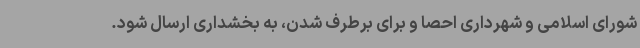
شورای اسلامی و شهرداری احصا و برای برطرف شدن، به بخشداری ارسال شود.